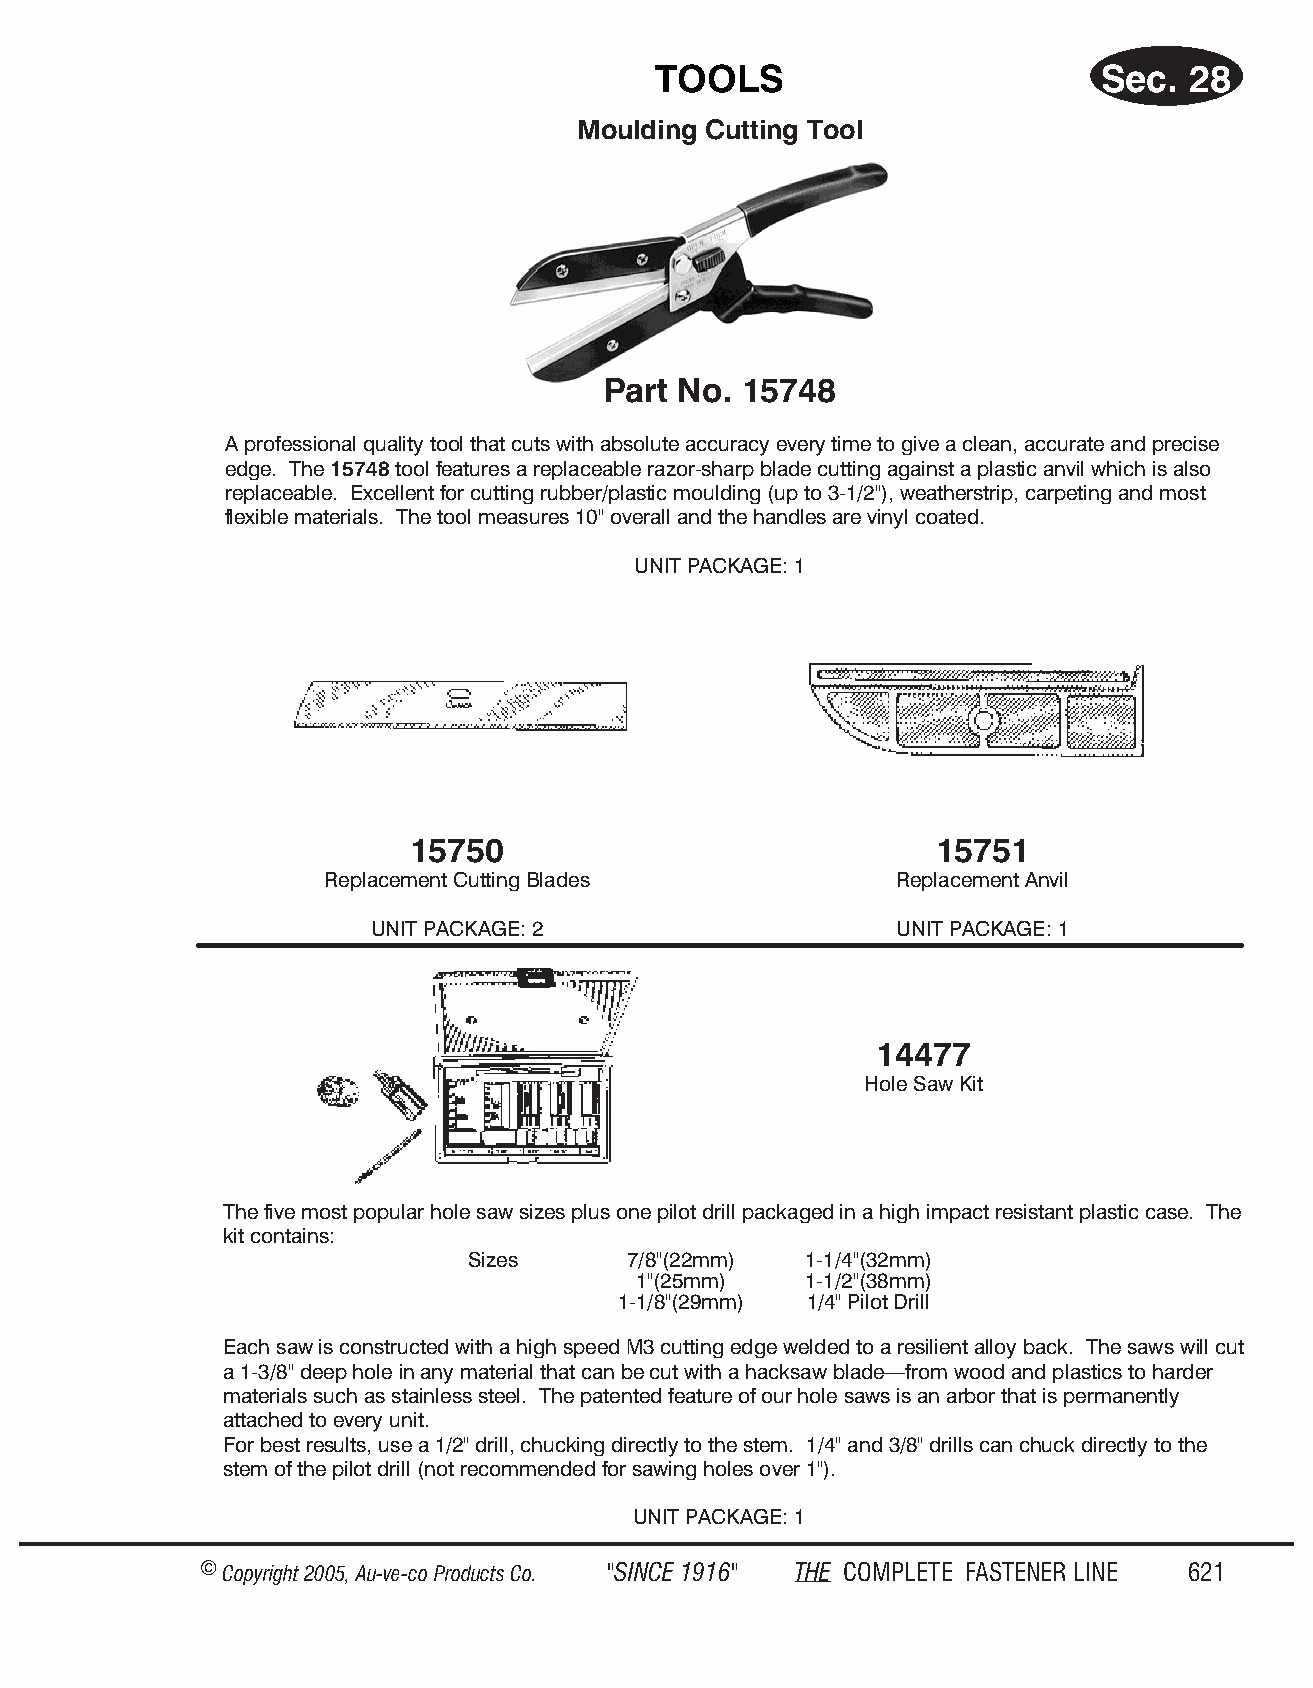
TOOLS                        Sec.  28
 Moulding Cutting Tool
 Part No. 15748
 A professional quality tool that cuts with absolute accuracy every time to give a clean, accurate and precise
 edge. The 15748 tool features a replaceable razor-sharp blade cutting against a plastic anvil which is also
 replaceable. Excellent for cutting rubber/plastic moulding (up to 3-1/2"), weatherstrip, carpeting and most
 flexible materials. The tool measures 10" overall and the handles are vinyl coated.
 UNIT PACK AGE: 1
 15750                              15751
 Re place ment Cut ting Blades         Rep lacem ent Anv il
 UNIT PACK AGE: 2                   UNIT PACKAGE: 1
 14477
 Hole Saw Kit
 The five most popular hole saw sizes plus one pilot drill packaged in a high impact resistant plastic case. The
 kit contains:
 Sizes      7/8"(22mm)  1-1/4"(32mm)
 1"(25mm)    1-1/2"(38mm)
 1-1/8"(29mm) 1/4" Pilot Drill
 Each saw is constructed with a high speed M3 cutting edge welded to a resilient alloy back. The saws will cut
 a 1-3/8" deep hole in any material that can be cut with a hacksaw blade—from wood and plastics to harder
 materials such as stainless steel. The patented feature of our hole saws is an arbor that is permanently
 attached to every unit.
 For best results, use a 1/2" drill, chucking directly to the stem. 1/4" and 3/8" drills can chuck directly to the
 stem of the pilot drill (not recommended for sawing holes over 1").
 UNIT PACKAGE: 1
 © Copyr ight 2005, Au-ve-co Produ cts Co. "SINCE 1916" THE COM PLETE FAST ENER LINE 621